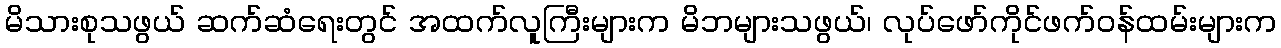
မိသားစုသဖွယ် ဆက်ဆံရေးတွင် အထက်လူကြီးများက မိဘများသဖွယ်၊ လုပ်ဖော်ကိုင်ဖက်ဝန်ထမ်းများက